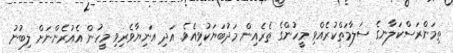
ތިމަންރަސްކަލާނގެ ސަލާމަތްކުރެއްވި މީހުންގެ ތެރެއިން މަދުބަޔަކުވިއެވެ. އަދި އަނިޔާވެރިވި މީހުން އެއުރެންނަށް ލިބުނު